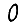
Digit: 0